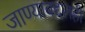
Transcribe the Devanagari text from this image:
जाण्याबद्दलही